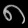
Digit: ၈